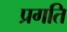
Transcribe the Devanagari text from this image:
प्रगति